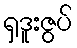
ရှဒူးဇွပ်